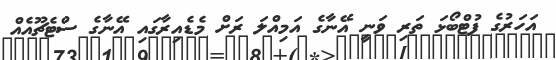
އަހަރުގެ ފުޓްބޯޅަ ތަރި ވަނީ އޭނާގެ އަމިއްލަ ރަށް މެޑެއިރާގައި އޭނާގެ ސްޓެޗޫއެއް